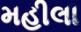
મહીલા